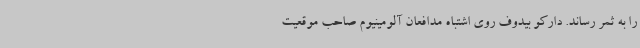
را به ثمر رساند. دارکو بیدوف روی اشتباه مدافعان آلومینیوم صاحب موقعیت